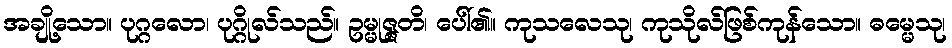
အချို့သော။ ပုဂ္ဂလော၊ ပုဂ္ဂိုလ်သည်။ ဥမ္မုဇ္ဇတိ၊ ပေါ်၏။ ကုသလေသု၊ ကုသိုလ်ဖြစ်ကုန်သော။ ဓမ္မေသု၊